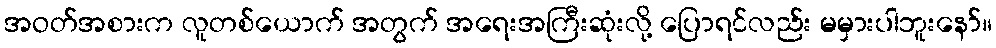
အဝတ်အစားက လူတစ်ယောက် အတွက် အရေးအကြီးဆုံးလို့ ပြောရင်လည်း မမှားပါဘူးနော်။